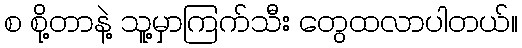
စ စို့တာနဲ့ သူ့မှာကြက်သီး တွေထလာပါတယ်။